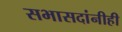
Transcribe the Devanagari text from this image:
सभासदांनीही